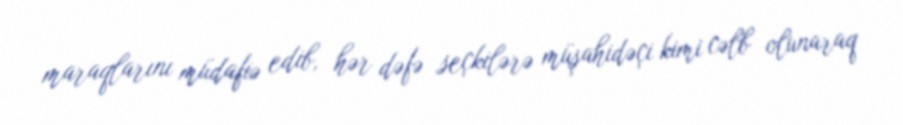
maraqlarını müdafiə edib, hər dəfə seçkilərə müşahidəçi kimi cəlb olunaraq